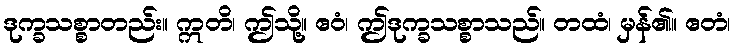
ဒုက္ခသစ္စာတည်း။ ဣတိ၊ ဤသို့။ ဧဝံ၊ ဤဒုက္ခသစ္စာသည်။ တထံ၊ မှန်၏။ ဧတံ၊